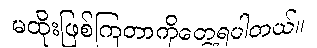
မထိုးဖြစ်ကြတာကိုတွေ့ရပါတယ်။